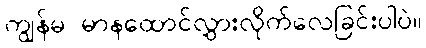
ကျွန်မ မာနထောင်လွှားလိုက်လေခြင်းပါပဲ။